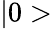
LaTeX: |0>